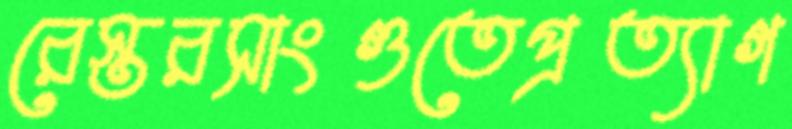
রেস্তরসাংগুতেপ্রত্যাগ